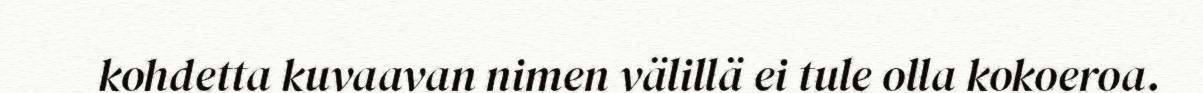
kohdetta kuvaavan nimen välillä ei tule olla kokoeroa.